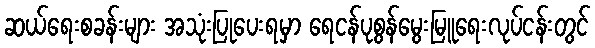
ဆယ်ရေးစခန်းများ အသုံးပြုပေးရမှာ ရေငန်ပုစွန်မွေးမြူရေးလုပ်ငန်းတွင်